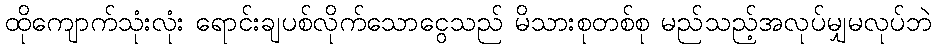
ထိုကျောက်သုံးလုံး ရောင်းချပစ်လိုက်သောငွေသည် မိသားစုတစ်စု မည်သည့်အလုပ်မျှမလုပ်ဘဲ